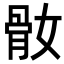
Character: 𩨚